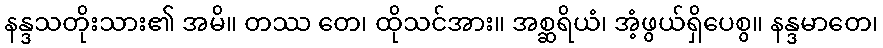
နန္ဒသတိုးသား၏ အမိ။ တဿ တေ၊ ထိုသင်အား။ အစ္ဆရိယံ၊ အံ့ဖွယ်ရှိပေစွ။ နန္ဒမာတေ၊